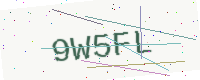
Text: 9W5FL